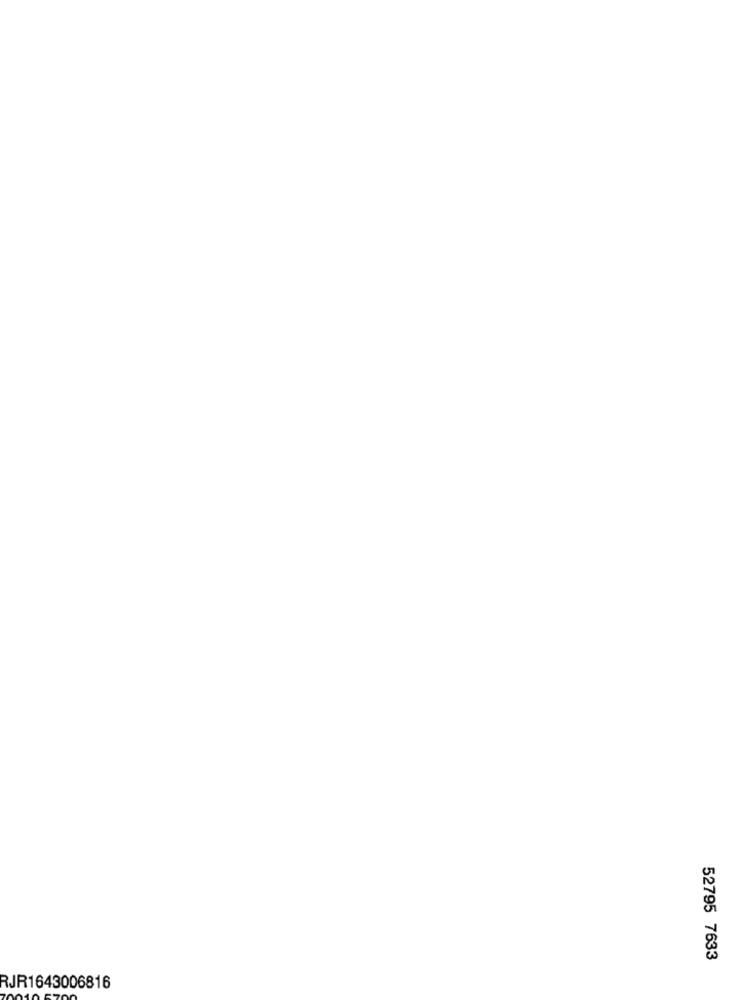
52795 7633
RJR1643006816